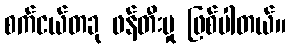
စက်ငယ်တခု ဖန်တီးမှု ဖြစ်ပါတယ်။